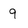
Character: 9